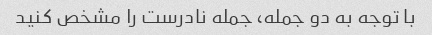
با توجه به دو جمله، جمله نادرست را مشخص کنید